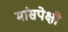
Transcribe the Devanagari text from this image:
मांसपेक्षी